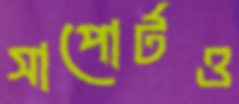
সাপোর্টও